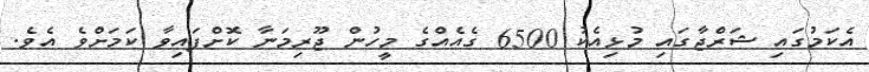
އެކަމުގައި ޝަރްޖާގައި މުޅިއެކު 6500 ގެއެއްގެ މީހުން ޖޫރިމަނާ ކޮށްފައިވާ ކަމަށްވެ އެވެ.